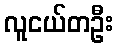
လူငယ်တဦး